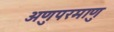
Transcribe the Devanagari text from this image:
अणुपरमाणु